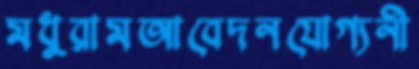
মধুরামআবেদনযোগ্যনী